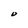
Character: O